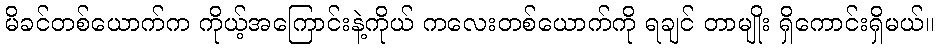
မိခင်တစ်ယောက်က ကိုယ့်အကြောင်းနဲ့ကိုယ် ကလေးတစ်ယောက်ကို ရချင် တာမျိုး ရှိကောင်းရှိမယ်။